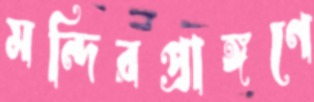
মন্দিরপ্রাঙ্গণে